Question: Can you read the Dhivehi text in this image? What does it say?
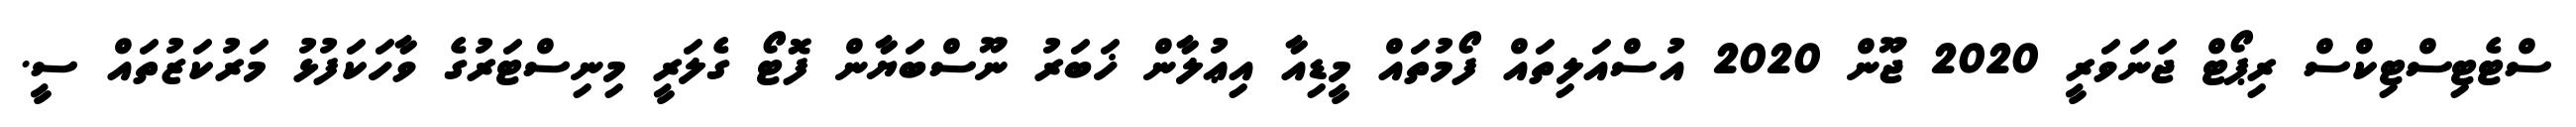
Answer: ސްޓެޓިސްޓިކްސް ރިޕޯޓް ޖަނަވަރީ 2020 ޖޫން 2020 އުސްއަލިތައް ފޯމުތައް މީޑިއާ އިޢުލާން ޚަބަރު ނޫސްބަޔާން ފޮޓޯ ގެލަރީ މިނިސްޓަރުގެ ވާހަކަފުޅު މަރުކަޒުތައް ސީ.